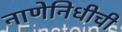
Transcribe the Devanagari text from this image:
नाणेनिधीची